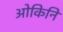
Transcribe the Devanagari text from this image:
ओकिनि